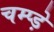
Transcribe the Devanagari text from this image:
चम्प्ड़े